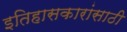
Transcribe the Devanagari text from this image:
इतिहासकारांसाठी